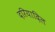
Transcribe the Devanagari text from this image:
दरियादिल